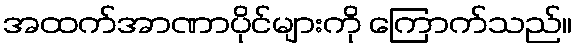
အထက်အာဏာပိုင်များကို ကြောက်သည်။